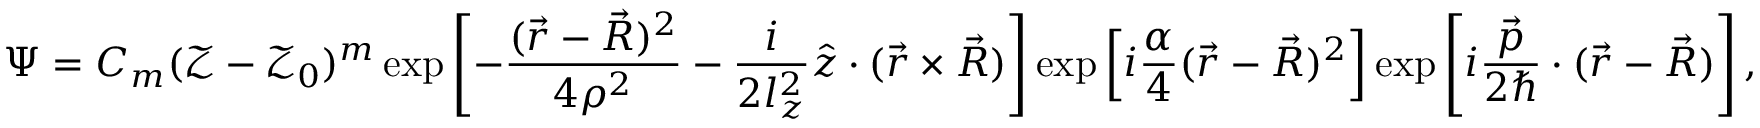
\Psi = C _ { m } ( \mathcal { Z } - \mathcal { Z } _ { 0 } ) ^ { m } \exp \left[ - \frac { ( \vec { r } - \vec { R } ) ^ { 2 } } { 4 \rho ^ { 2 } } - \frac { i } { 2 l _ { z } ^ { 2 } } \hat { z } \cdot ( \vec { r } \times \vec { R } ) \right] \exp \left[ i \frac { \alpha } { 4 } ( \vec { r } - \vec { R } ) ^ { 2 } \right] \exp \left[ i \frac { \vec { p } } { 2 \hbar } \cdot ( \vec { r } - \vec { R } ) \right] ,